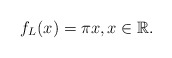
\begin{align*}f_{L}(x) = \pi x, x \in \mathbb{R}.\end{align*}